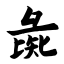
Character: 彘